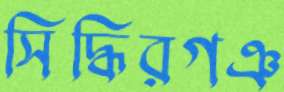
সিদ্ধিরগঞ